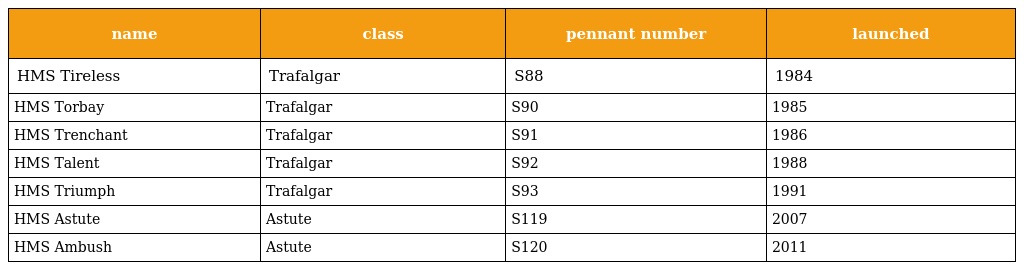
| name | class | pennant number | launched |
 | --- | --- | --- | --- |
 | HMS Tireless | Trafalgar | S88 | 1984 |
 | HMS Torbay | Trafalgar | S90 | 1985 |
 | HMS Trenchant | Trafalgar | S91 | 1986 |
 | HMS Talent | Trafalgar | S92 | 1988 |
 | HMS Triumph | Trafalgar | S93 | 1991 |
 | HMS Astute | Astute | S119 | 2007 |
 | HMS Ambush | Astute | S120 | 2011 |